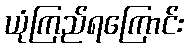
ယုံကြည်ရကြောင်း